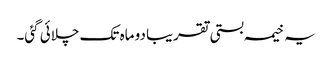
یہ خیمہ بستی تقریبا دو ماہ تک چلائی گئی۔